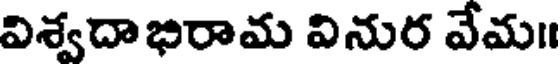
విశ్వదాభిరామ వినుర వేమ॥